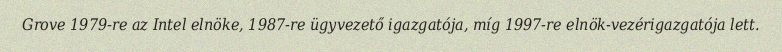
Grove 1979-re az Intel elnöke, 1987-re ügyvezető igazgatója, míg 1997-re elnök-vezérigazgatója lett.